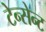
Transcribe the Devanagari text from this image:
टेन्सेन्ट